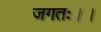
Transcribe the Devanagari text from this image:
जगतः।।